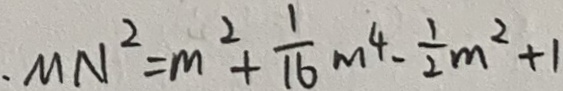
. M N ^ { 2 } = m ^ { 2 } + \frac { 1 } { 1 6 } m ^ { 4 } - \frac { 1 } { 2 } m ^ { 2 } + 1